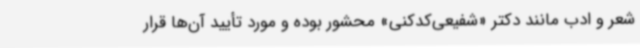
شعر و ادب مانند دکتر «شفیعی‌کدکنی» محشور بوده و مورد تأیید آن‌ها قرار